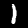
Label: 1